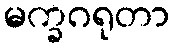
မက္ခဂရုတာ